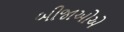
બીજાઓએ